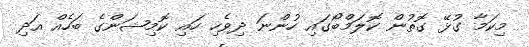
މިކަމާ ގުޅޭ ގޮތުން ކޮލަމްބޯގައި ހުންނަ ދިވެހި ހައި ކޮމިޝަންގެ ބަހެއް އަދި